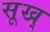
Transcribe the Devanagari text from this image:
सूख्